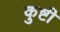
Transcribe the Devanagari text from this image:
कुष्टी